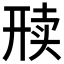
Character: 𬻦